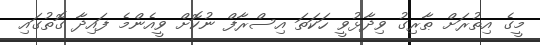
މީގެ އިތުރަށް ޠާރިގު ވިދާޅުވީ ހަކަތަ އިސްރާފް ނުކޮށް ވީއެންމެ ފައިދާ ގޮތުގައި